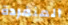
المنفردة